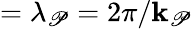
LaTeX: =\lambda_{\mathscr{P}}=2\pi/\textbf{{k}}_{\mathscr{P}}